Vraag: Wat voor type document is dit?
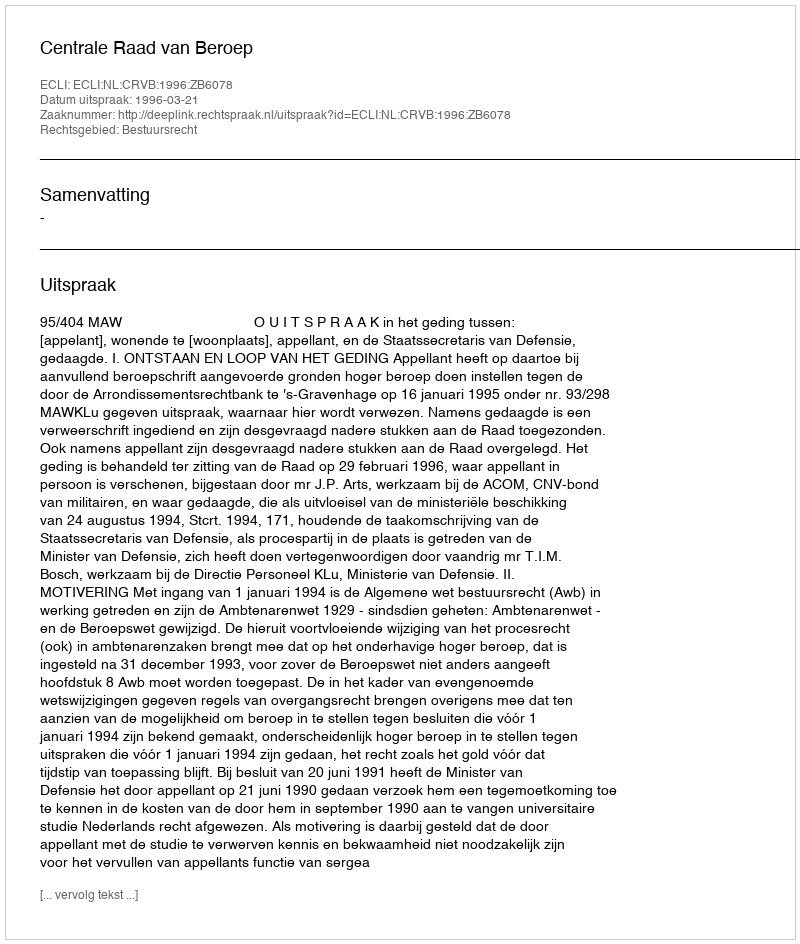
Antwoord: Uitspraak